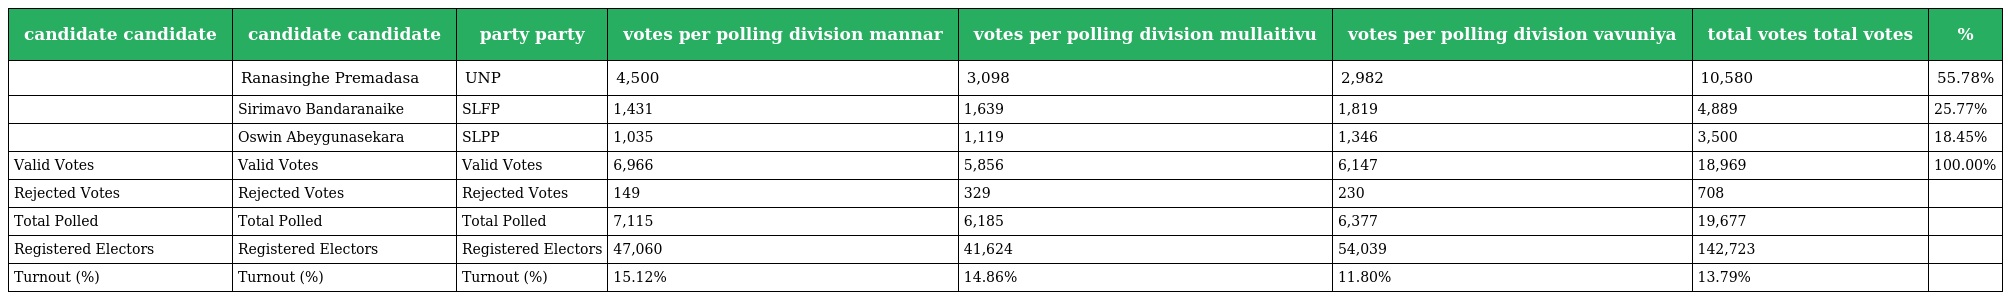
| candidate candidate | candidate candidate | party party | votes per polling division mannar | votes per polling division mullaitivu | votes per polling division vavuniya | total votes total votes | % |
 | --- | --- | --- | --- | --- | --- | --- | --- |
 |  | Ranasinghe Premadasa | UNP | 4,500 | 3,098 | 2,982 | 10,580 | 55.78% |
 |  | Sirimavo Bandaranaike | SLFP | 1,431 | 1,639 | 1,819 | 4,889 | 25.77% |
 |  | Oswin Abeygunasekara | SLPP | 1,035 | 1,119 | 1,346 | 3,500 | 18.45% |
 | Valid Votes | Valid Votes | Valid Votes | 6,966 | 5,856 | 6,147 | 18,969 | 100.00% |
 | Rejected Votes | Rejected Votes | Rejected Votes | 149 | 329 | 230 | 708 |  |
 | Total Polled | Total Polled | Total Polled | 7,115 | 6,185 | 6,377 | 19,677 |  |
 | Registered Electors | Registered Electors | Registered Electors | 47,060 | 41,624 | 54,039 | 142,723 |  |
 | Turnout (%) | Turnout (%) | Turnout (%) | 15.12% | 14.86% | 11.80% | 13.79% |  |